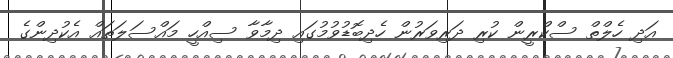
އަދި ހެލްތްް ސްކްރީން ކުރި ދަރިވަރުން ހެދިބޮޑުވުމުގައި ދިމާވާ ސިއްހީ މައްސަލަތައް އެކުދިންގެ